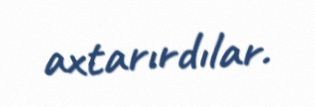
axtarırdılar.